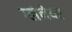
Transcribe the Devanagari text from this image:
ग्लेनेयर